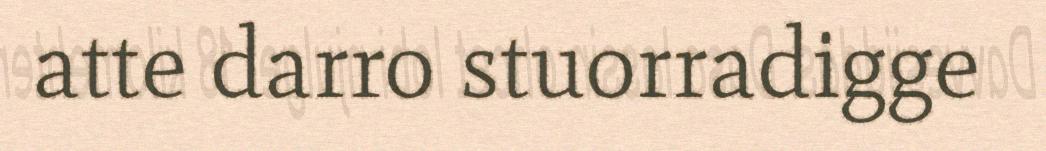
atte darro stuorradigge